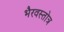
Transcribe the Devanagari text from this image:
भैरवस्तोत्र